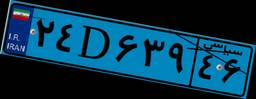
۲۰D۹۲۱۶۷